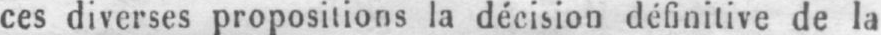
ces diverses propositions la décision définitive de la